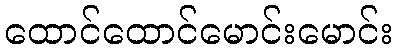
ထောင်ထောင်မောင်းမောင်း